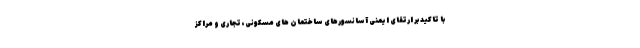
با تاکید بر ارتقای ایمنی آسانسورهای ساختمان های مسکونی، تجاری و مراکز